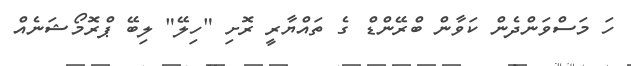
ހަ މަސްވަންދެން ކަވާން ބްރޭންޑް ގެ ތައްޔާރީ ރޮށި "ހިލޭ" ލިބޭ ޕްރޮމޯޝަނެއް